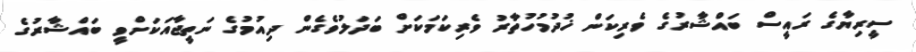
ސީރިޔާގެ ރައީސް ބައްޝާރުގެ ވެރިކަން ޚުދުމުހުތާރު ވެރިކަމަކަށް ބަދަލުވެގެން ދިއުމުގެ ނަތީޖާއަކަށްވީ ބައްޝާރުގެ